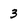
Character: 3